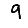
Digit: 9